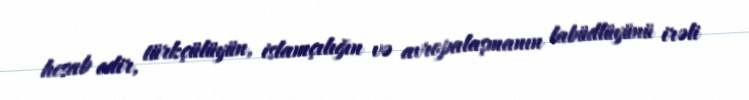
hesab edir, türkçülüyün, islamçılığın və avropalaşmanın labüdlüyünü irəli